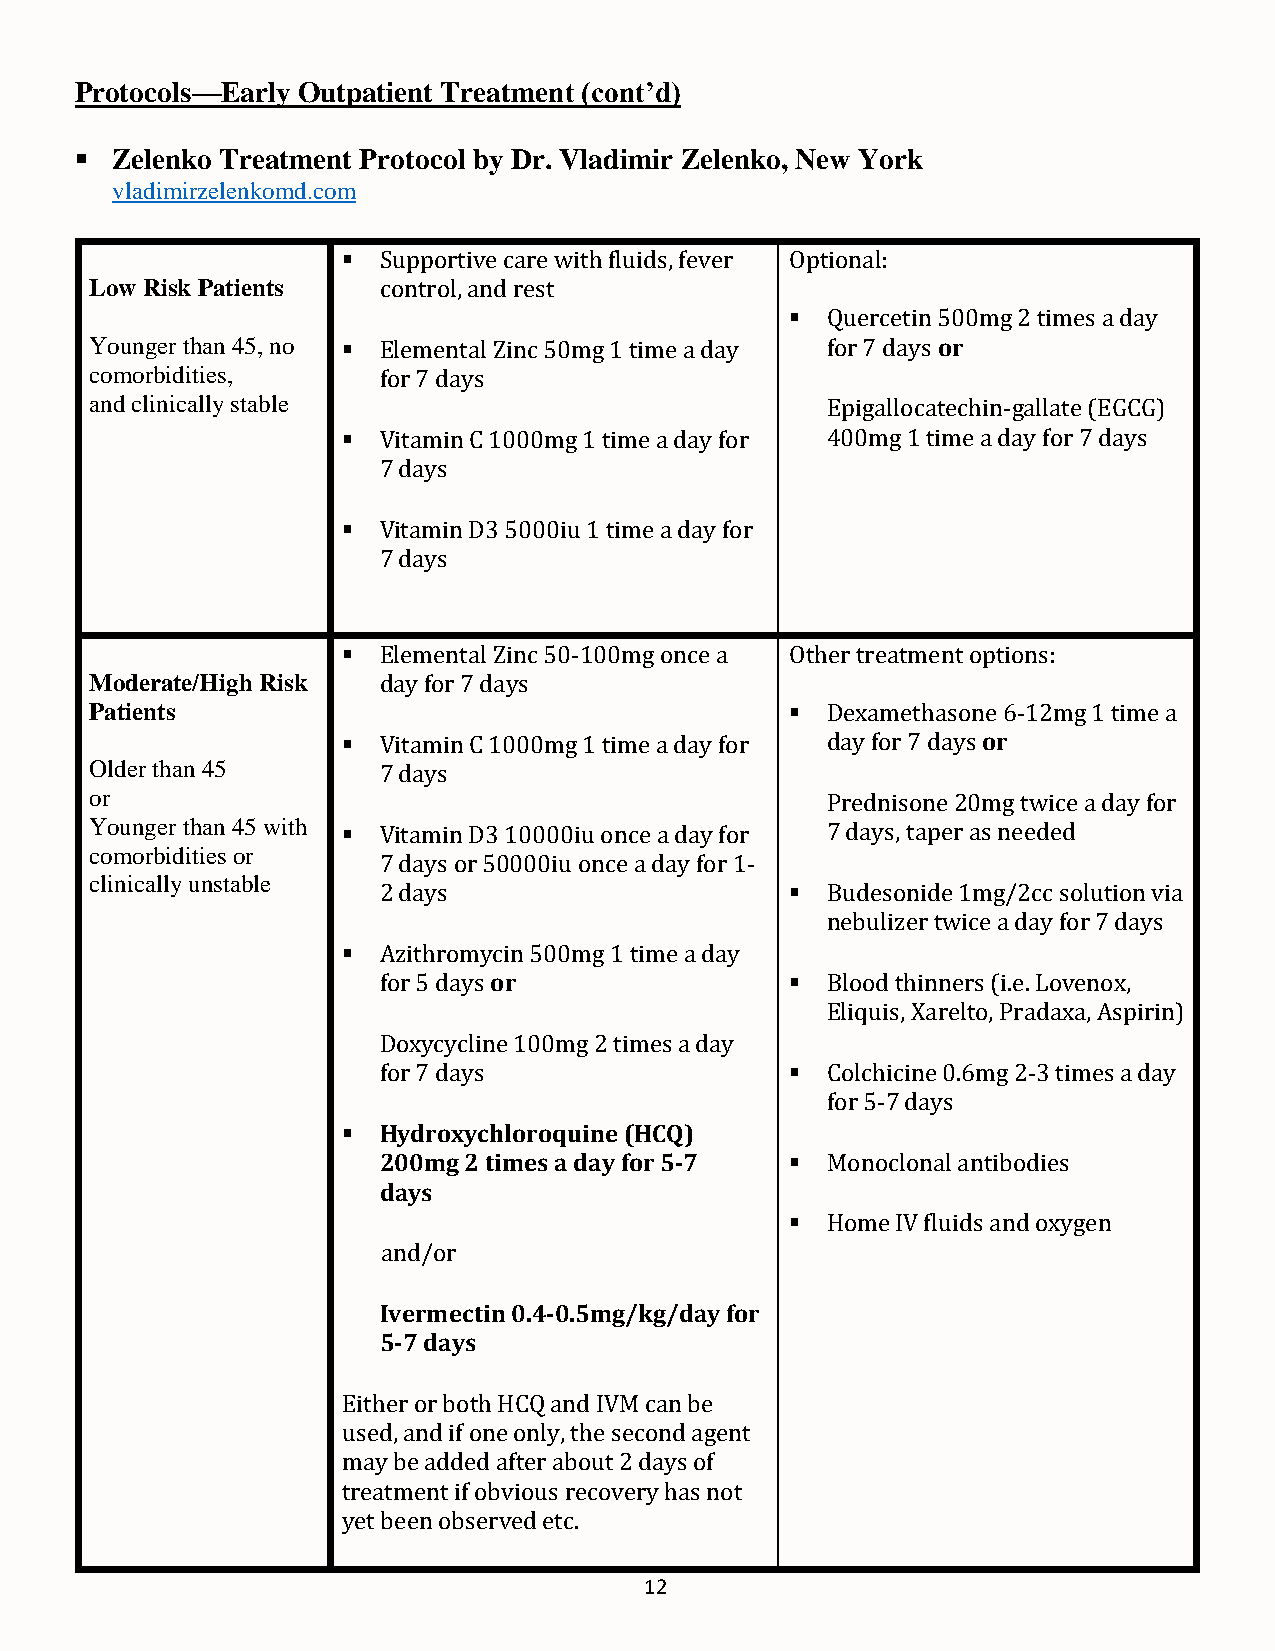
Protocols—Early Outpatient Treatment (cont’d)
 ▪ Zelenko Treatment Protocol by Dr. Vladimir Zelenko, New York
 vladimirzelenkomd.com
 ▪ Supportive care with fluids, fever Optional:
 Low Risk Patients  control, and rest
 ▪  Quercetin 500mg 2 times a day
 Younger than 45, no ▪ Elemental Zinc 50mg 1 time a day for 7 days or
 comorbidities,     for 7 days
 and clinically stable                            Epigallocatechin-gallate (EGCG)
 ▪ Vitamin C 1000mg 1 time a day for 400mg 1 time a day for 7 days
 7 days
 ▪ Vitamin D3 5000iu 1 time a day for
 7 days
 ▪ Elemental Zinc 50-100mg once a Other treatment options:
 Moderate/High Risk day for 7 days
 Patients                                      ▪  Dexamethasone 6-12mg 1 time a
 ▪ Vitamin C 1000mg 1 time a day for day for 7 days or
 Older than 45      7 days
 or                                               Prednisone 20mg twice a day for
 Younger than 45 with ▪ Vitamin D3 10000iu once a day for 7 days, taper as needed
 comorbidities or
 7 days or 50000iu once a day for 1-
 clinically unstable
 2 days                     ▪  Budesonide 1mg/2cc solution via
 nebulizer twice a day for 7 days
 ▪ Azithromycin 500mg 1 time a day
 for 5 days or              ▪  Blood thinners (i.e. Lovenox,
 Eliquis, Xarelto, Pradaxa, Aspirin)
 Doxycycline 100mg 2 times a day
 for 7 days                 ▪  Colchicine 0.6mg 2-3 times a day
 for 5-7 days
 ▪ Hydroxychloroquine (HCQ)
 200mg 2 times a day for 5-7 ▪ Monoclonal antibodies
 days
 ▪  Home IV fluids and oxygen
 and/or
 Ivermectin 0.4-0.5mg/kg/day for
 5-7 days
 Either or both HCQ and IVM can be
 used, and if one only, the second agent
 may be added after about 2 days of
 treatment if obvious recovery has not
 yet been observed etc.
 12